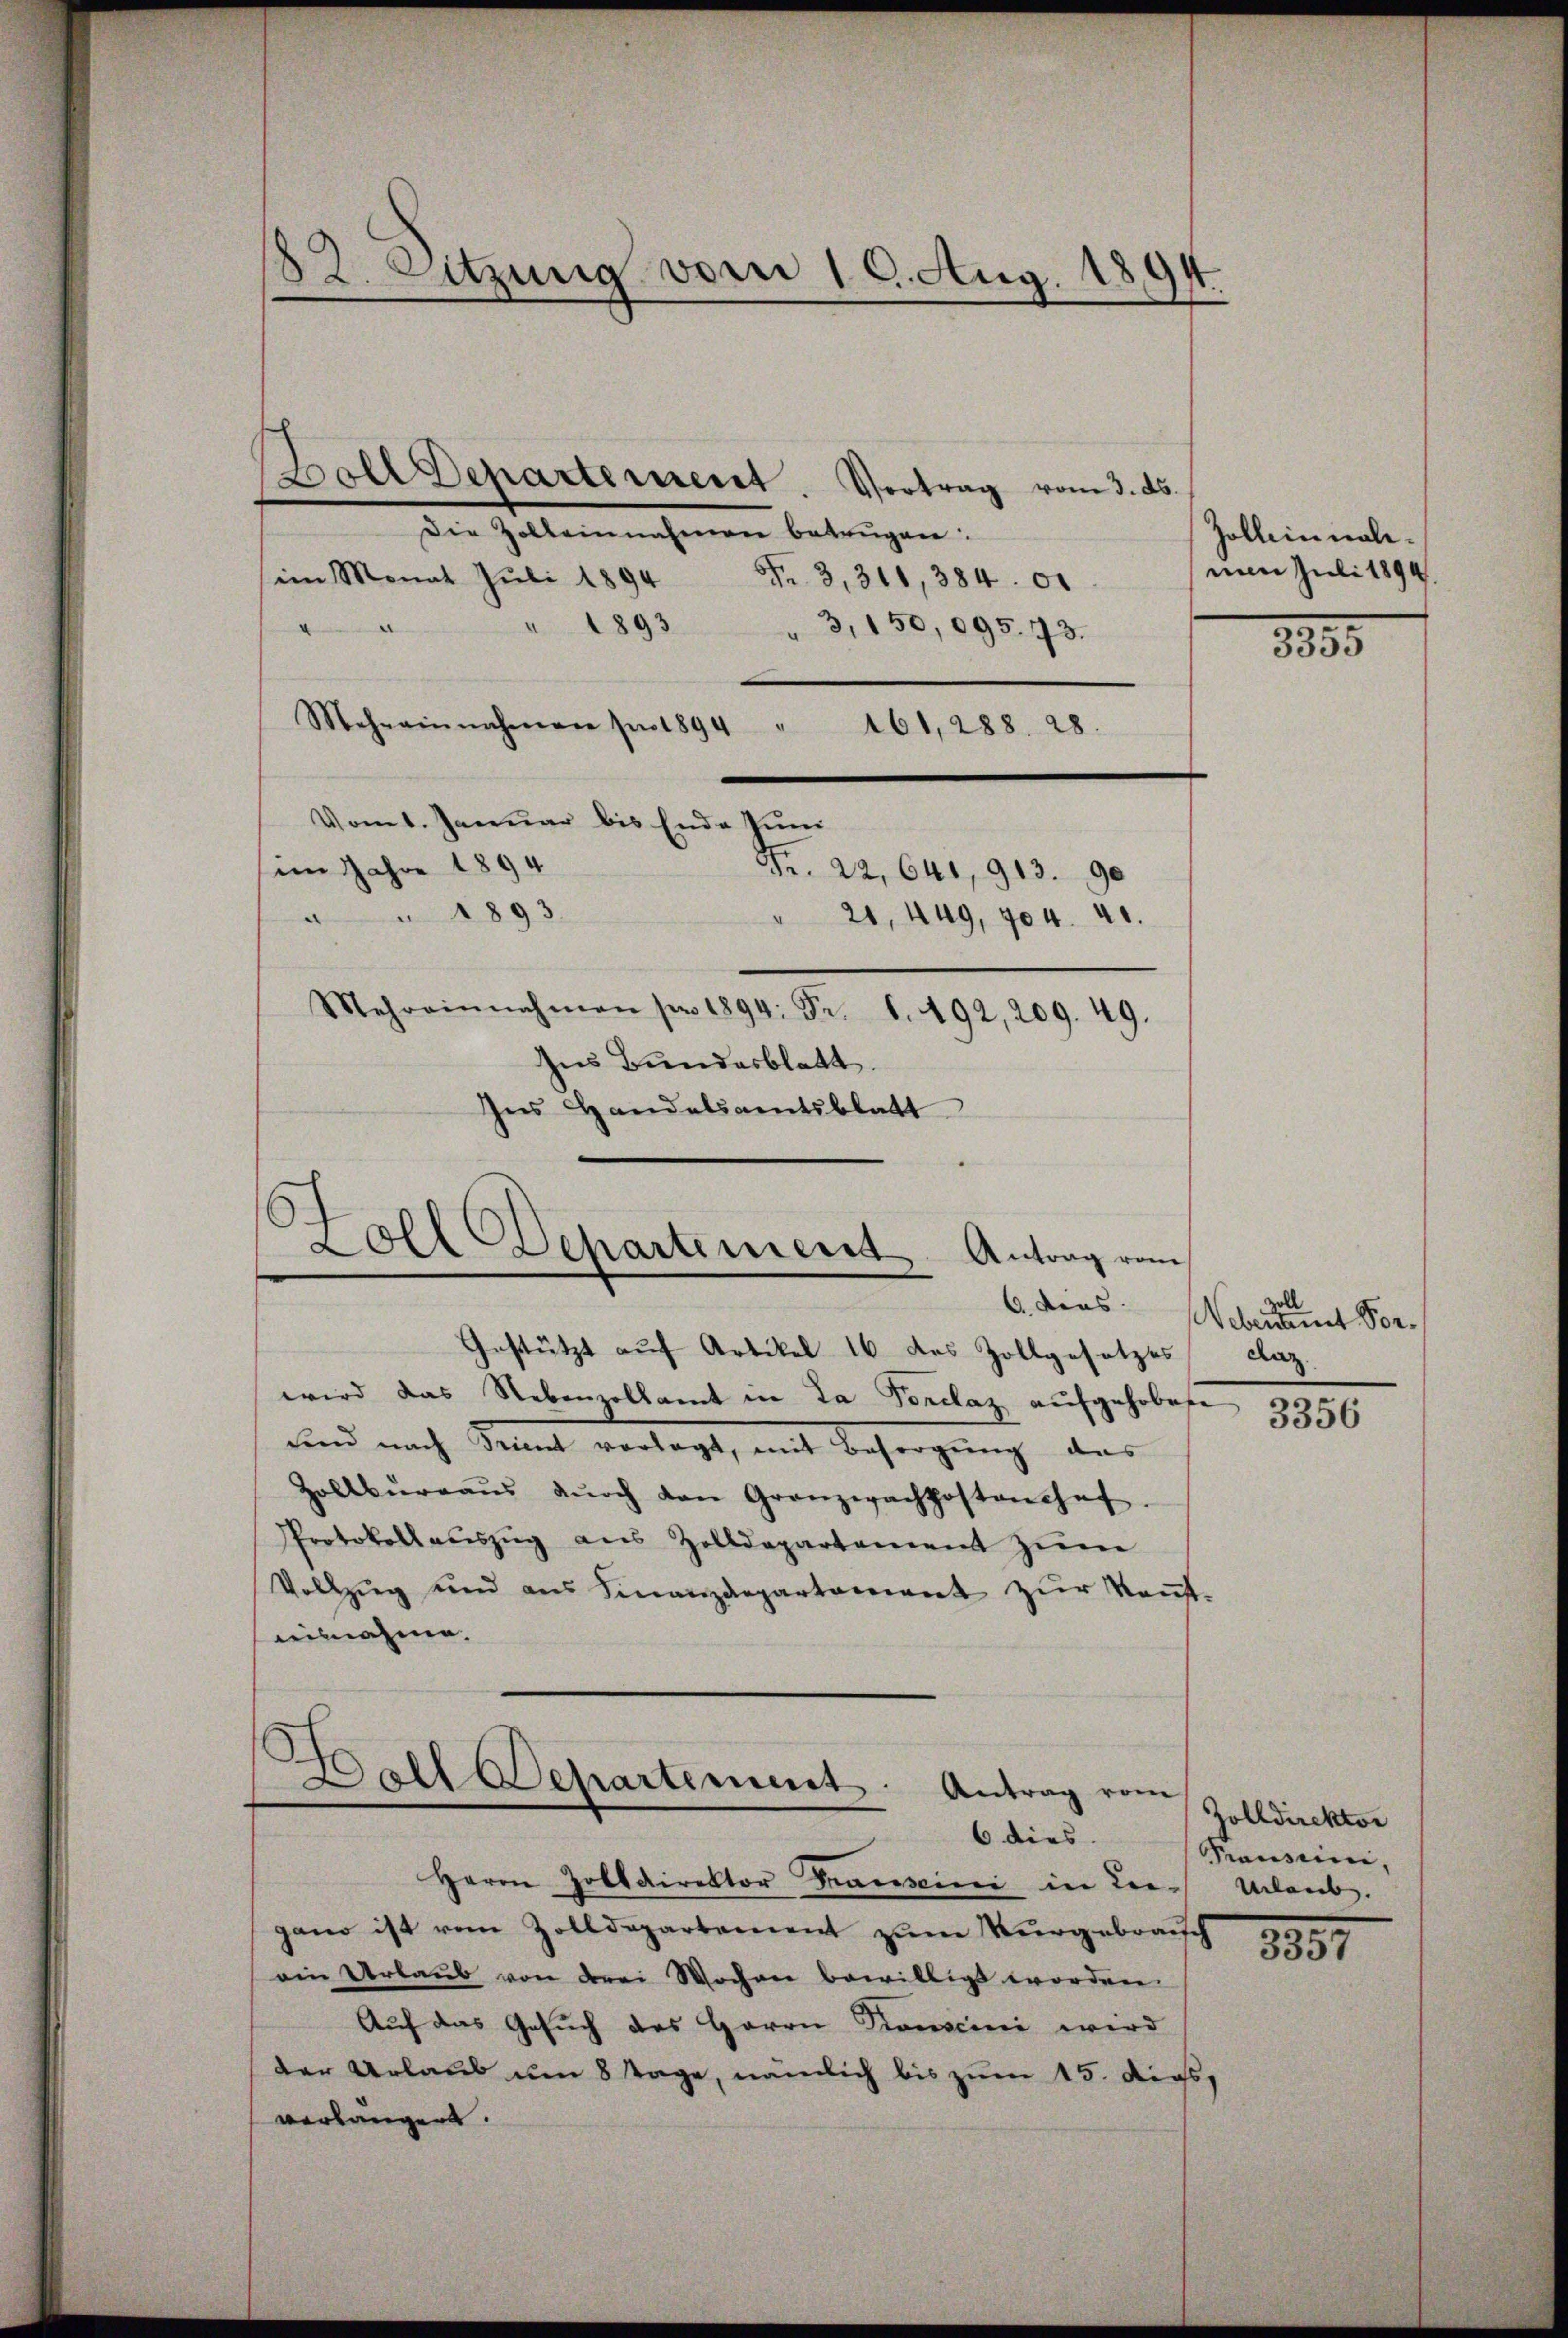
182. Sitzung vom 16. Aug. 1894.

Boll Departement. Vertrag vom 3. ds.
Die Zolleinnahmen betrügen:
(im Monat Jŭli 1894 Fr. 3, 311, 384. 00
1893
d
"3,150,095. 73.
Mehreinnahmen fr. 1894 " 461, 288. 28.
Vom 1. Januar bis Ende Pun
im Jahre 1894
Fr. 22, 641, 913.9.
1893
" 21, 449, 404. 41.
Mehreinnahmen pro 1894 Fr. 6. 492, 209. 49.
Ins Bundesblatt.
Ins Handelsamtsblatt

Foll Departement Antrag vom

S
Doll Departement. Antrag vom
6 dies

Zolleinmalimen Juli 1894.

Gestützt auf Artikel 16 des Zollgesetzes claz
wird das Nebenzollamt in da Forclaz aufgehobete
sind nach Trient vorlegt, mit Besorgung das
Zollbüreaŭs dŭrch den Granzerachthostanchef.
Protokollaŭszŭg aŭs Zolldepartement zŭm
Vollzŭg und ans Finanzdepartement zŭr Kaŭf-
einnahme.

Herrn Zolldirektor Frauseini in Le-
gano ist vom Zolldepartement zŭm Nŭrgebrauch 1944
ain Urlaub von drei Wochen bewilligt worden.
Auf das Gesuch des Herrn Konscini wird
der Urlaub um 8 Tage, nämlich bis zum 15. dies,
verlängen.

885.

6. dens. Weber einen Vor-

3356

Zolldirektor
Pauseini,
Urlaub.